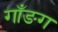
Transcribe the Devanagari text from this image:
गाँङग